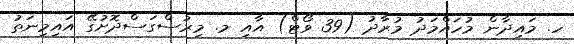
ހ. މައިދާން މުހައްމަދު މުރާދު (39 ވޯޓް) އާއި މ. މިރުސްގަސްދޮށުގޭ އައިމިނަތު